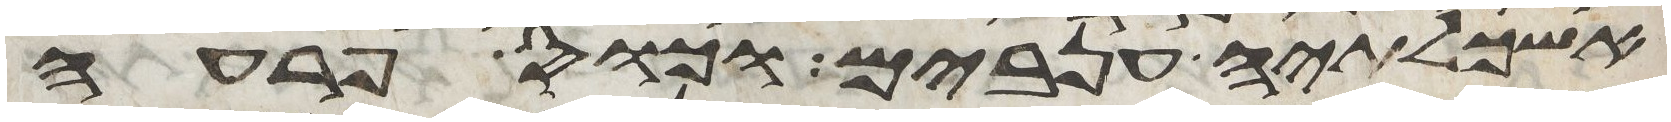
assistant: אשכלתיה ענבים וכוס פרעה